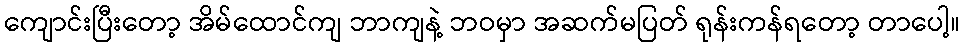
ကျောင်းပြီးတော့ အိမ်ထောင်ကျ ဘာကျနဲ့ ဘဝမှာ အဆက်မပြတ် ရုန်းကန်ရတော့ တာပေါ့။